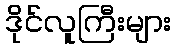
ဒိုင်လူကြီးများ